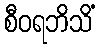
စီဝရဘိသိံ